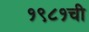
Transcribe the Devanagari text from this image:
१९८१ची